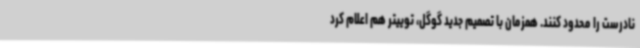
نادرست را محدود کنند. همزمان با تصمیم جدید گوگل، توییتر هم اعلام کرد